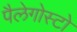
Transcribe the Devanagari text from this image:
पैलेगोस्टो